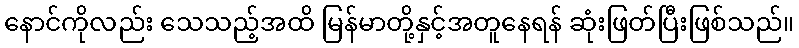
နောင်ကိုလည်း သေသည့်အထိ မြန်မာတို့နှင့်အတူနေရန် ဆုံးဖြတ်ပြီးဖြစ်သည်။